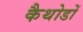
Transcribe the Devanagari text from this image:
कैथोडों